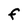
Character: F